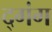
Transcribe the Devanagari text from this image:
द्गंग